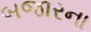
બજારના